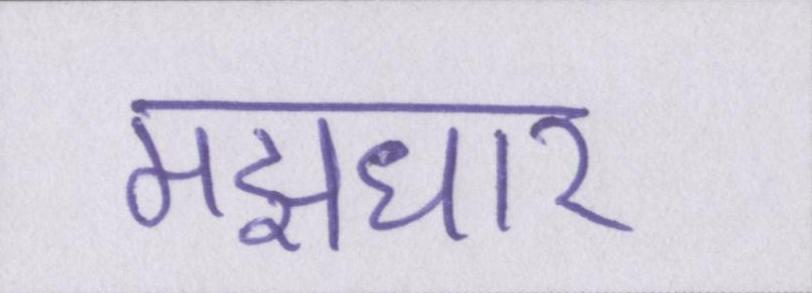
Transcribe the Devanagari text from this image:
मझधार